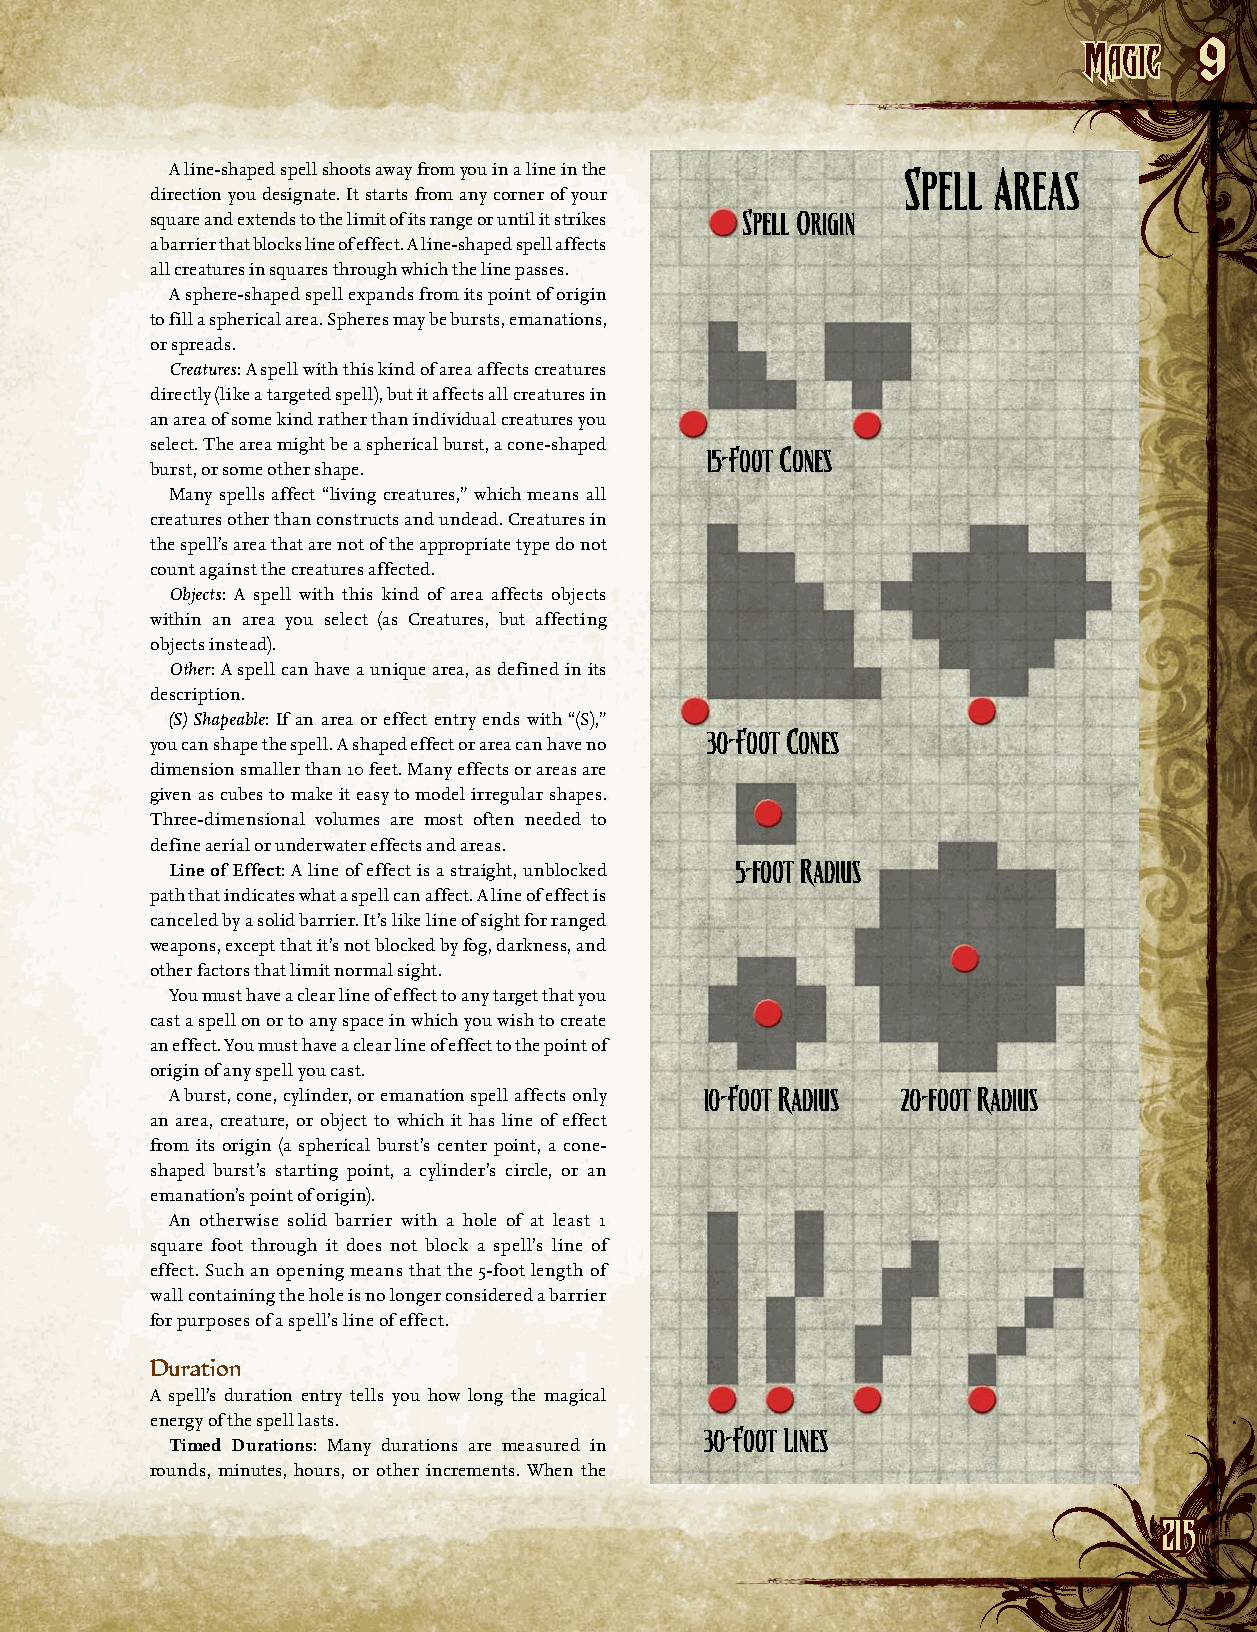
MMaaggiicc
 9
 A line-shaped spell shoots away from you in a line in the Spell Areas
 direction you designate. It starts from any corner of your
 square and extends to the limit of its range or until it strikes Spell Origin
 a barrier that blocks line of effect. A line-shaped spell affects
 all creatures in squares through which the line passes.
 A sphere-shaped spell expands from its point of origin
 to fill a spherical area. Spheres may be bursts, emanations,
 or spreads.
 Creatures: A spell with this kind of area affects creatures
 directly (like a targeted spell), but it affects all creatures in
 an area of some kind rather than individual creatures you
 select. The area might be a spherical burst, a cone-shaped
 15-Foot Cones
 burst, or some other shape.
 Many spells affect “living creatures,” which means all
 creatures other than constructs and undead. Creatures in
 the spell’s area that are not of the appropriate type do not
 count against the creatures affected.
 Objects: A spell with this kind of area affects objects
 within an area you select (as Creatures, but affecting
 o bjects instead).
 Other: A spell can have a unique area, as defined in its
 description.
 (S) Shapeable: If an area or effect entry ends with “(S),”
 30-Foot Cones
 you can shape the spell. A shaped effect or area can have no
 dimension smaller than 10 feet. Many effects or areas are
 given as cubes to make it easy to model irregular shapes.
 Three-dimensional volumes are most often needed to
 d efine aerial or underwater effects and areas.
 Line of Effect: A line of effect is a straight, unblocked 5-foot Radius
 path that indicates what a spell can affect. A line of effect is
 canceled by a solid barrier. It’s like line of sight for ranged
 weapons, except that it’s not blocked by fog, darkness, and
 other factors that limit normal sight.
 You must have a clear line of effect to any target that you
 cast a spell on or to any space in which you wish to create
 an effect. You must have a clear line of effect to the point of
 origin of any spell you cast.
 A burst, cone, cylinder, or emanation spell affects only 10-Foot Radius 20-foot Radius
 an area, creature, or object to which it has line of effect
 from its origin (a spherical burst’s center point, a cone-
 shaped burst’s starting point, a cylinder’s circle, or an
 emanation’s point of origin).
 An otherwise solid barrier with a hole of at least 1
 square foot through it does not block a spell’s line of
 effect. Such an opening means that the 5-foot length of
 wall c ontaining the hole is no longer considered a barrier
 for purposes of a spell’s line of effect.
 Duration
 A spell’s duration entry tells you how long the magical
 e nergy of the spell lasts.
 30-Foot Lines
 Timed Durations: Many durations are measured in
 rounds, minutes, hours, or other increments. When the
 221155